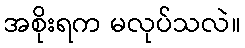
အစိုးရက မလုပ်သလဲ။